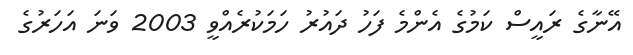
އޭނާގެ ރައީސް ކަމުގެ އެންމެ ފަހު ދައުރު ހަމަކުރެއްވީ 2003 ވަނަ އަހަރުގެ